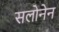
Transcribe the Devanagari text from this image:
सलोनेन